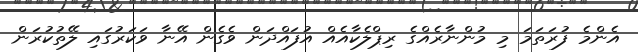
އެންމެ ފުރަތަމަ މި މުންނާރެއްގެ ރިޕްލެކާއެއް އުފައްދަން ވެގެން އޭނާ ވަކަރުގައި ލޭތުކުރަން